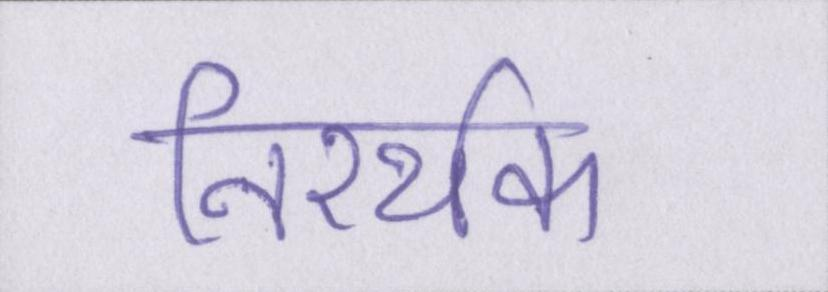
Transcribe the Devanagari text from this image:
निरर्थक